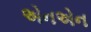
એનએન